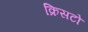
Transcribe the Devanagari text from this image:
क्रिसटो